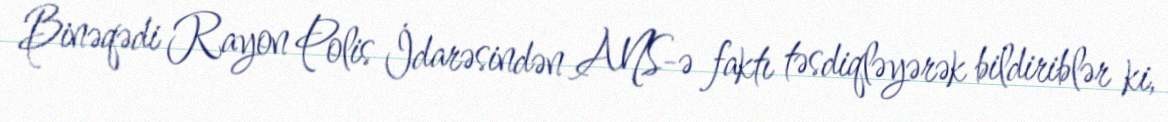
Binəqədi Rayon Polis İdarəsindən ANS-ə faktı təsdiqləyərək bildiriblər ki,